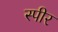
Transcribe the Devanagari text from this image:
स्पीर